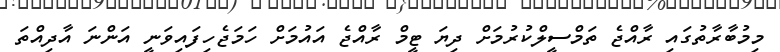
މިމުބާރާތުގައި ރާއްޖެ ތަމްސީލްކުރުމަށް ދިޔަ ޓީމް ރާއްޖެ އައުމަށް ހަމަޖެހިފައިވަނީ އަންނަ އާދިއްތަ